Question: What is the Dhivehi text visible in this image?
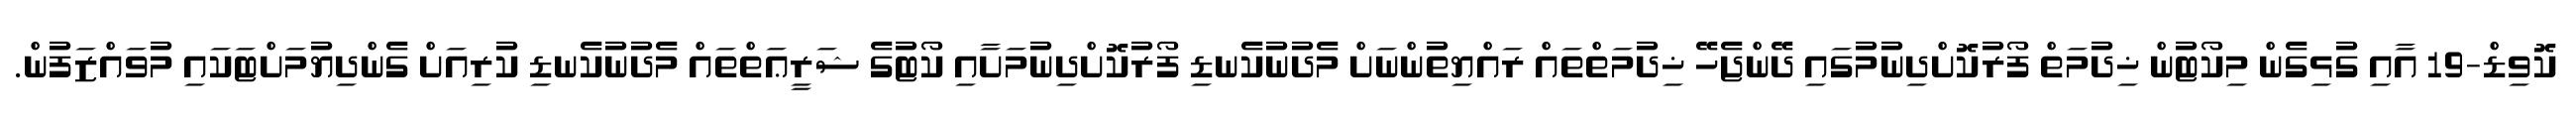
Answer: ކޮވިޑް-19 އާއި ގުޅިގެން މިކޯޓުން ޚިދުމަތް ފޯރުކޮށްދިނުމުގައި ދޭންޖެހޭ ޚިދުމަތްތައް ރައްޔިތުންނަށް މެދުނުކެނޑި ފޯރުކޮށްދިނުމަށާއި ކޯޓުގެ ޝަރީޢަތްތައް މެދުނުކެނޑި ކުރިއަށް ގެންދިޔުމަށްޓަކައި މުވައްޒަފުން.